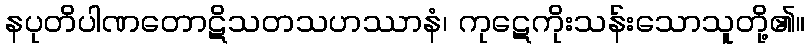
နပုတိပါဏတောဋိသတသဟဿာနံ၊ ကုဋေကိုးသန်းသောသူတို့၏။